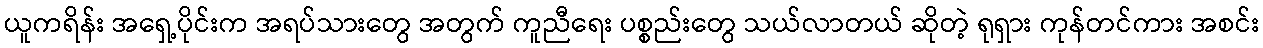
ယူကရိန်း အရှေ့ပိုင်းက အရပ်သားတွေ အတွက် ကူညီရေး ပစ္စည်းတွေ သယ်လာတယ် ဆိုတဲ့ ရုရှား ကုန်တင်ကား အစင်း